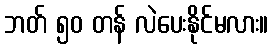
ဘတ် ၅၀ တန် လဲပေးနိုင်မလား။